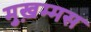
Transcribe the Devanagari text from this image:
मुख़म्मस